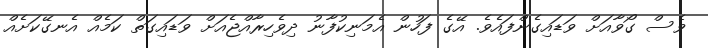
ވެސް ގޯވާއަށް ވަޑައިގެންފައެވެ. އޭގެ ފަހުން އެމަނިކުފާނު ދިވެހިރާއްޖެއަށް ވަޑައިގަތް ކަމެއް އެނގޭކަށެއް